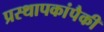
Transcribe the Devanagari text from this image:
प्रस्थापकांपैकी